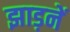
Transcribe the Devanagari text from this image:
झाड़नें